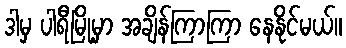
ဒါမှ ပါရီမြို့မှာ အချိန်ကြာကြာ နေနိုင်မယ်။